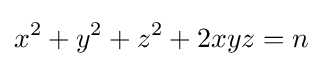
x^{2}+y^{2}+z^{2}+2xyz=n